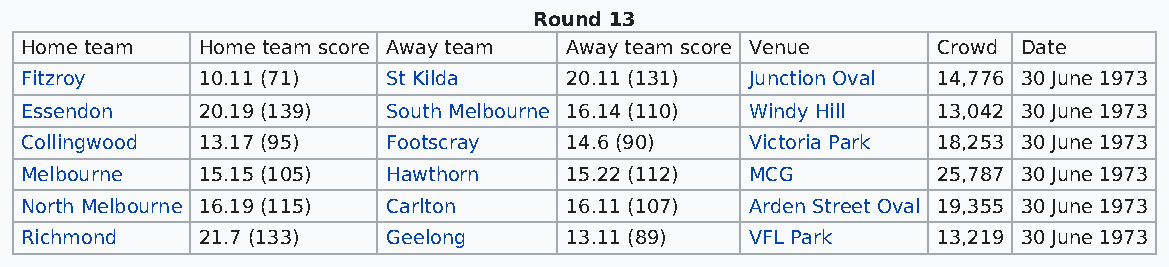
Round 13
 Home team   Home team score Away team Away team score Venue  Crowd Date
 Fitzroy     10.11 (71)   St Kilda   20.11 (131)  Junction Oval 14,776 30 June 1973
 Essendon    20.19 (139)  South Melbourne 16.14 (110) Windy Hill 13,042 30 June 1973
 Collingwood 13.17 (95)   Footscray  14.6 (90)    Victoria Park 18,253 30 June 1973
 Melbourne   15.15 (105)  Hawthorn   15.22 (112)  MCG         25,787 30 June 1973
 North Melbourne 16.19 (115) Carlton 16.11 (107)  Arden Street Oval 19,355 30 June 1973
 Richmond    21.7 (133)   Geelong    13.11 (89)   VFL Park    13,219 30 June 1973